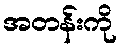
အတန်းကို